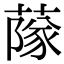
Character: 䔹